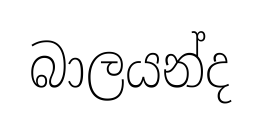
බාලයන්ද